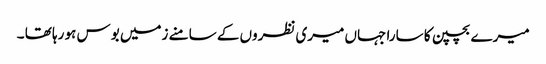
میرے بچپن کا سارا جہاں میری نظروں کے سامنے زمیں بوس ہو رہا تھا ۔